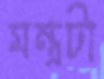
মন্ত্রটা